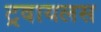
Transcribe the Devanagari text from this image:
ट्रवायलस